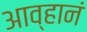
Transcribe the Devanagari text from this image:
आव्हानं